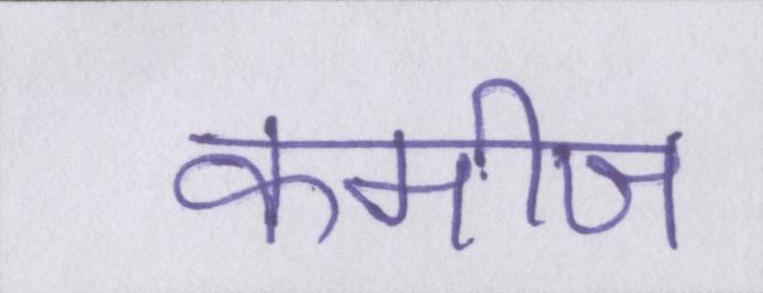
कमीज